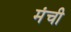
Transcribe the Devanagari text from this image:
मंची